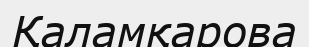
Қаламқарова